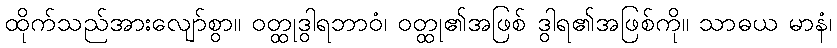
ထိုက်သည်အားလျော်စွာ။ ဝတ္ထုဒွါရဘာဝံ၊ ဝတ္ထု၏အဖြစ် ဒွါရ၏အဖြစ်ကို။ သာဓယ မာနံ၊